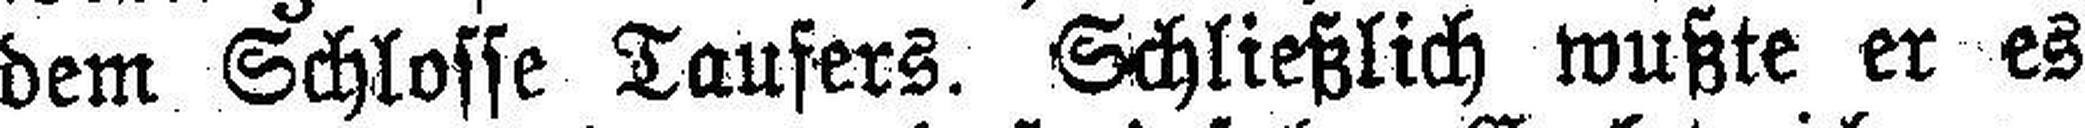
dem Schlosse Taufers. Schließlich wußte er es